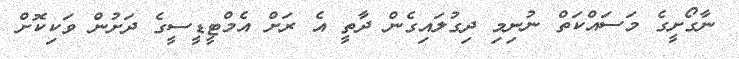
ނާގޯށީގެ މަސައްކަތް ނުނިމި ދިގުލައިގެން ދާތީ އެ ރަށް އެމްޓީޑީސީގެ ދަށުން ވަކިކޮށް